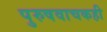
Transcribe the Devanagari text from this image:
पुरुषवाचकही